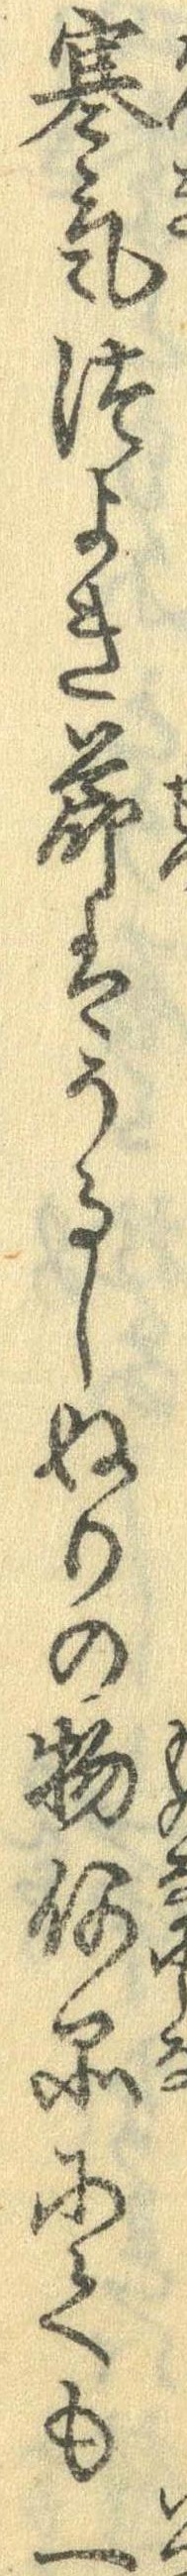
寒気つよき節はうるしぬりの物何品にても一